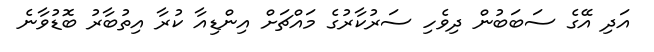
އަދި އޭގެ ސަބަބުން ދިވެހި ސަރުކާރުގެ މައްޗަށް އިންޑިއާ ކުރާ އިތުބާރު ބޮޑުވާނެ